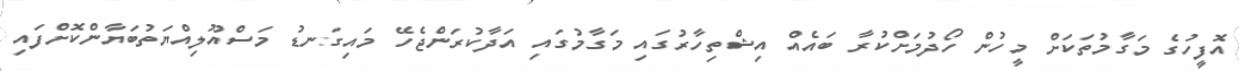
އޮފީހުގެ މަގާމުތަކަށް މީހުން ހޯދުމަށްކުރާ ބައެއް އިޝްތިހާރުގައި މަގާމުގައި އަދާކުރަންޖެހޭ މައިގަނޑު މަސްއޫލިއްޔަތުބަޔާންކޮށްފައި